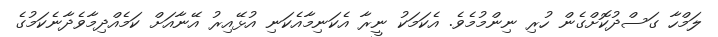
ލަމްހާ ގަސްދުކޮށްގެން ހުރި ނިންމުމެވެ. އެކަމަކު ނީރާ އެކަނިމާއެކަނި އުޅޭއިރު އޭނާއަށް ކަމެއްދިމާވެދާނެކަމުގެ